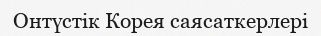
Онтүстік Корея саясаткерлері